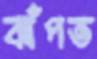
ঝাঁপত